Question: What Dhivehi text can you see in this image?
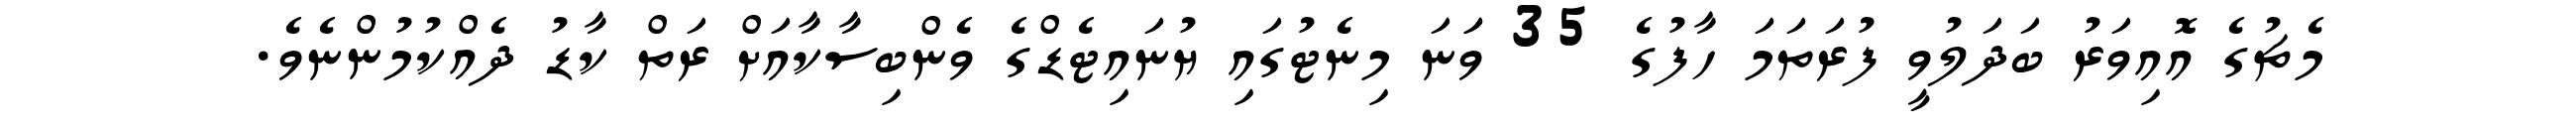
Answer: މެޗުގެ އޮއިވަރު ބަދަލުވީ ފުރަތަމަ ހާފުގެ 35 ވަަނަ މިނެޓުގައި ޔުނައިޓެޑްގެ ވެންބިސާކާއަށް ރަތް ކާޑު ދެއްކުމުންނެވެ.